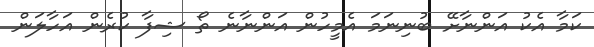
ކަމާ އެކު އަންނާށޭ ބުނިނަމަ އެމީހުން އަންނާނެ ތޯ ޝިފާ ކުރެން އަހާލަން